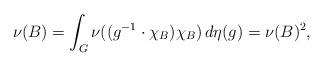
LaTeX: \begin{align*}\nu(B) = \int_G \nu((g^{-1} \cdot \chi_B) \chi_B) \, d\eta(g) = \nu(B)^2,\end{align*}